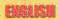
ENGLISH